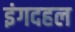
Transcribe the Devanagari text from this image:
इंगदहल